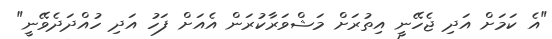
"އެ ކަމަށް އަދި ޖެހޭނީ އިތުރަށް މަޝްވަރާކުރަން އެއަށް ފަހު އަދި ހުއްދަދެވޭނީ"